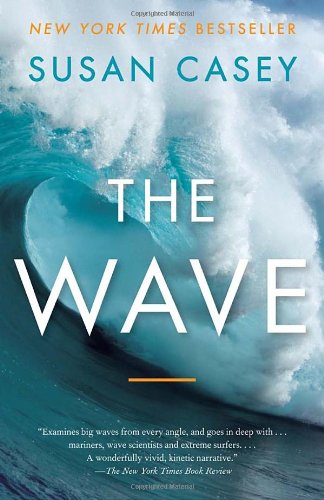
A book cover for The Wave: In Pursuit of the Rogues, Freaks, and Giants of the Ocean; Susan Casey; Science & Math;